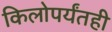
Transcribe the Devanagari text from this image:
किलोपर्यंतही